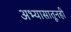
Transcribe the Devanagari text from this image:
अभ्यासातूनही